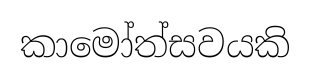
කාමෝත්සවයකි